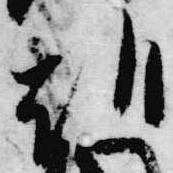
朝